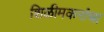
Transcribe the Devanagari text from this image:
शिळीमकरांचा